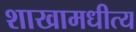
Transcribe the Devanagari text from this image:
शाखामधीत्य